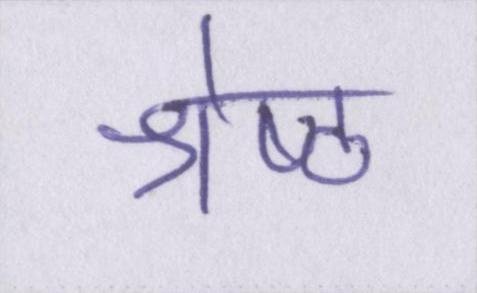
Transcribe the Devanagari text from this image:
श्रेष्ठ